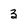
Character: 3